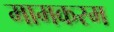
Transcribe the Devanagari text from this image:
मामकरम